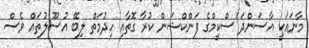
މާނައަކީ އާސަންދަ ސްކީމްގެ ފަންކްޝަން ކުރާ ގޮތާއި ހިދުމަތް ލިބޭ އުސޫލުތައް ވެސް